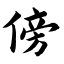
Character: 傍